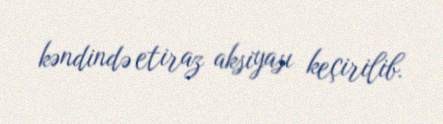
kəndində etiraz aksiyası keçirilib.